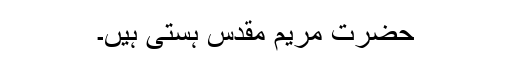
حضرت مریم مقدس ہستی ہیں۔